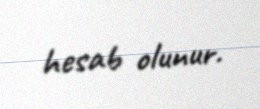
hesab olunur.